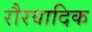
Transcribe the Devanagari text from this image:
रौरवादिक